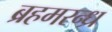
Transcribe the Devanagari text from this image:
ब्रहमरन्ध्र